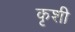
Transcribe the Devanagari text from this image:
कृशी